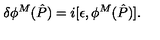
\delta \phi ^ { M } ( \hat { P } ) = i [ \epsilon , \phi ^ { M } ( \hat { P } ) ] .